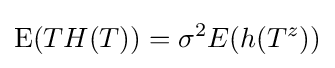
\operatorname {E} (TH(T))=\sigma ^{2}E(h(T^{z}))